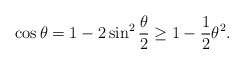
\begin{align*}\cos \theta = 1 - 2 \sin^2 \frac{\theta}{2} \geq 1 - \frac{1}{2} \theta^2.\end{align*}